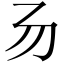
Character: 𠃓